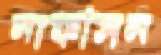
নাফসিন